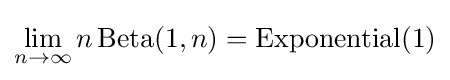
\lim _{n\to \infty }n\operatorname {Beta} (1,n)=\operatorname {Exponential} (1)